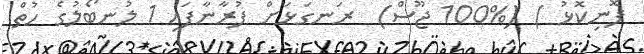
ފޮނިކޮޅު ) (%100 ޖޫސް)  ރަނގަޅަށް ފުރާނާފައި 1 ލުނބޯލުގެ ހުތް